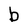
Character: b